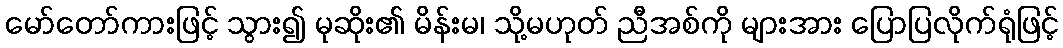
မော်တော်ကားဖြင့် သွား၍ မုဆိုး၏ မိန်းမ၊ သို့မဟုတ် ညီအစ်ကို များအား ပြောပြလိုက်ရုံဖြင့်